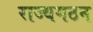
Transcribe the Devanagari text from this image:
राज्यगठन